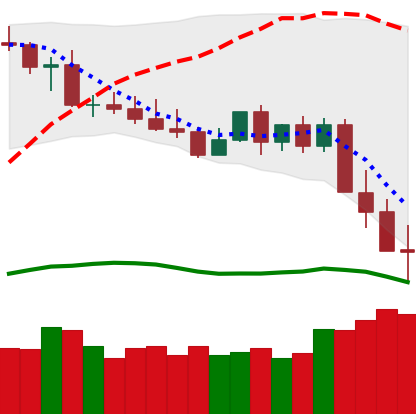
Ticker: XMR-USD
Chart end date: 2022-05-12
Forward return: 25.371%
Label: up_7plus